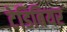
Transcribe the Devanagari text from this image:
टेडिबियर